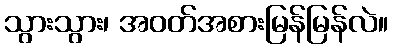
သွားသွား၊ အဝတ်အစားမြန်မြန်လဲ။